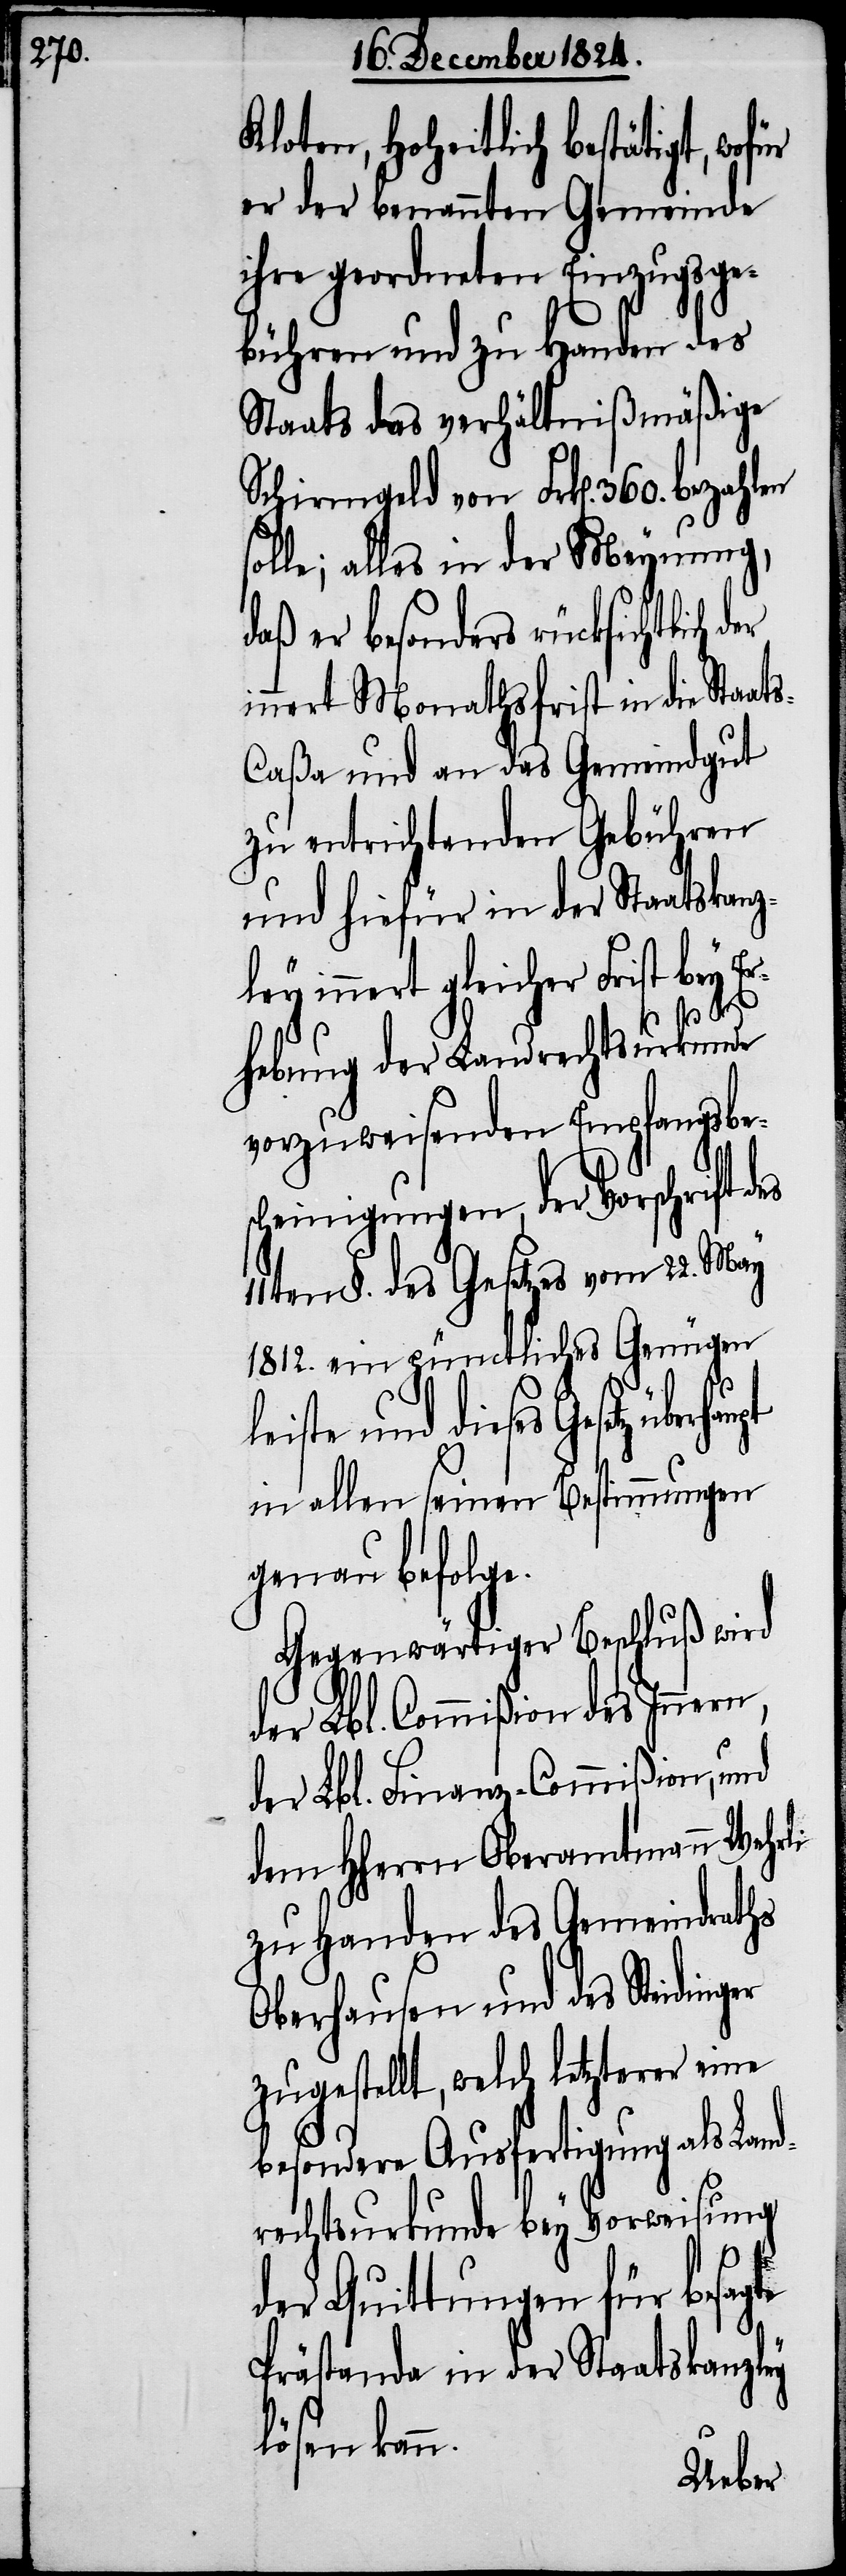
Kloten, Hoheitlich bestätigt, wof¬
er der benannten Gemeinde
ihre geordneten Einzugsge¬
bühren und zu Handen des
Staats das verhältnißmäßige
Schirmgeld von Frk[en]. 360. bezahlen
olle; alles in der Meynung,
daß er besonders rücksichtlich
innert Monathsfrist in die Staat¬
s-Caßa und an das Gemeindgut
zu entrichtenden Gebühren
und hiefür in der Staatskanz¬
ley innert gleicher Frist bey E¬
11t¬
te
rhebung der Landrechtsurkunde
vorzuweisenden Empfangsbe¬
scheinigungen, der Vorschrift d¬
en §. des Gesetzes vom 22. May
1812. ein pünctliches Genügen
eiste und dieses Gesetz
in allen seinen Bestimmungen
genau befolge.
Gegenwärtiger Beschluß wird
der Lbl. Commißion des Innern,
der Lbl. Finanz-Commißion, und
dem HHerrn Oberamtmann Wehrli
zu Handen des Gemeindraths
Oberhausen und des Steiding¬
zugestellt, welch letzterer eine
besondere Ausfertigung als Lan¬
drechtsurkunde bey Vorweisung
der Quittungen für besag¬
Prästande in der Staatskanzley
lösen kann.